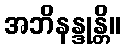
အဘိနန္ဒုန္တိ။